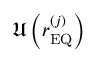
\mathfrak { U } \left( r _ { \mathrm { E Q } } ^ { \left( j \right) } \right)